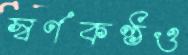
স্বর্ণকণ্ঠও